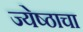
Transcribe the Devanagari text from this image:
ज्येष्ठाचा